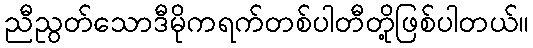
ညီညွတ်သောဒီမိုကရက်တစ်ပါတီတို့ဖြစ်ပါတယ်။